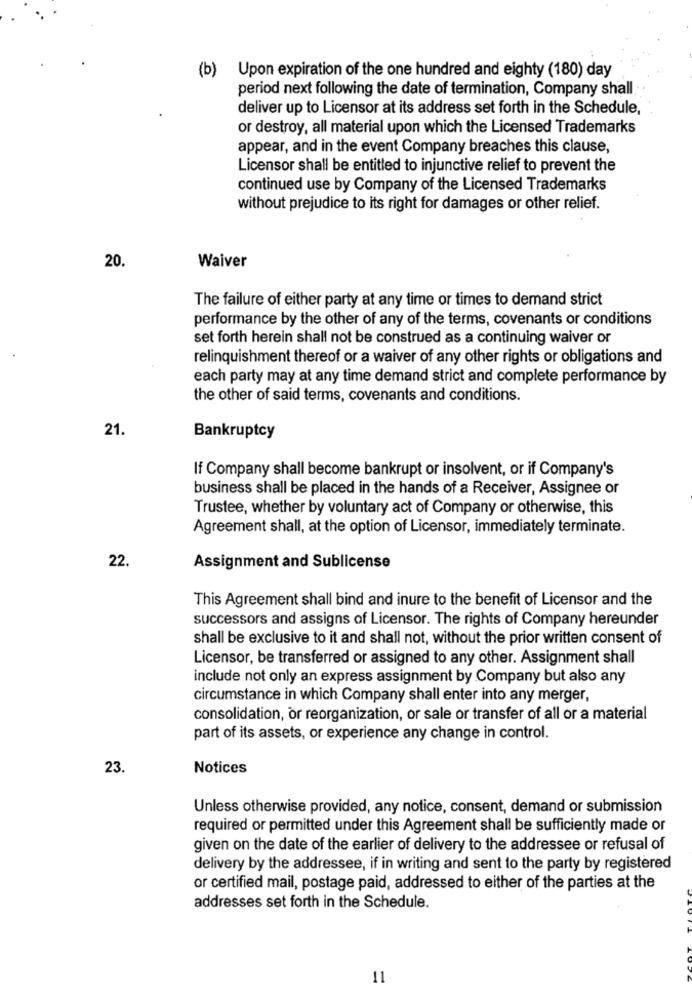
(b)
Upon expiration of the one hundred and eighty (180) day
period next following the date of termination, Company shall
deliver up to Licensor at its address set forth in the Schedule,
or destroy, all material upon which the Licensed Trademarks
appear, and in the event Company breaches this clause,
Licensor shall be entitled to injunctive relief to prevent the
continued use by Company of the Licensed Trademarks
without prejudice to its right for damages or other relief.
20.
Waiver
The failure of either party at any time or times to demand strict
performance by the other of any of the terms, covenants or conditions
set forth herein shall not be construed as a continuing waiver or
relinquishment thereof or a waiver of any other rights or obligations and
each party may at any time demand strict and complete performance by
the other of said terms, covenants and conditions.
21.
Bankruptcy
If Company shall become bankrupt or insolvent, or if Company's
business shall be placed in the hands of a Receiver, Assignee or
Trustee, whether by voluntary act of Company or otherwise, this
Agreement shall, at the option of Licensor, immediately terminate.
22
Assignment and Sublicense
This Agreement shall bind and inure to the benefit of Licensor and the
successors and assigns of Licensor. The rights of Company hereunder
shall be exclusive to it and shall not, without the prior written consent of
Licensor, be transferred or assigned to any other. Assignment shall
include not only an express assignment by Company but also any
circumstance in which Company shall enter into any merger,
consolidation, or reorganization, or sale or transfer of all or a material
part of its assets, or experience any change in control.
23.
Notices
Unless otherwise provided, any notice, consent, demand or submission
required or permitted under this Agreement shall be sufficiently made or
given on the date of the earlier of delivery to the addressee or refusal of
delivery by the addressee, if in writing and sent to the party by registered
or certified mail, postage paid, addressed to either of the parties at the
addresses set forth in the Schedule.
11